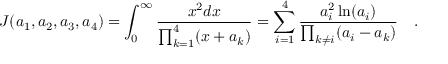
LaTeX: J ( a _ { 1 } , a _ { 2 } , a _ { 3 } , a _ { 4 } ) = \int _ { 0 } ^ { \infty } { \frac { x ^ { 2 } d x } { \prod _ { k = 1 } ^ { 4 } ( x + a _ { k } ) } } = \sum _ { i = 1 } ^ { 4 } { \frac { a _ { i } ^ { 2 } \ln ( a _ { i } ) } { \prod _ { k \ne i } ( a _ { i } - a _ { k } ) } } \quad .